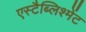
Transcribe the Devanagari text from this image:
एस्टैब्लिश्मेंट